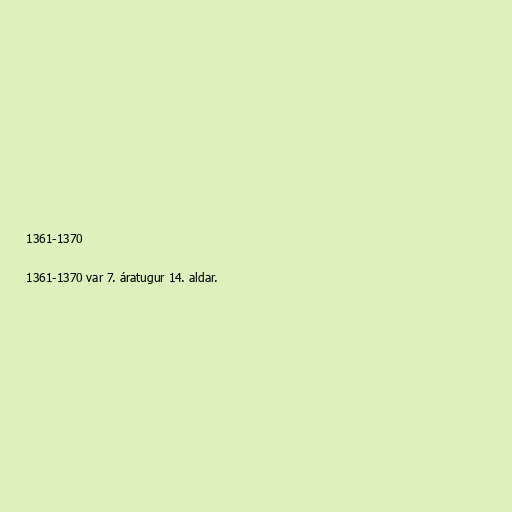
1361-1370

1361-1370 var 7. áratugur 14. aldar.